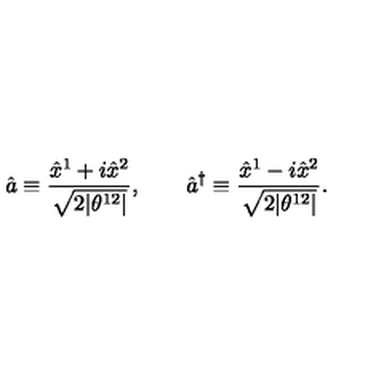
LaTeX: \hat { a } \equiv \frac { \hat { x } ^ { 1 } + i \hat { x } ^ { 2 } } { \sqrt { 2 | \theta ^ { 1 2 } | } } , \qquad \hat { a } ^ { \dagger } \equiv \frac { \hat { x } ^ { 1 } - i \hat { x } ^ { 2 } } { \sqrt { 2 | \theta ^ { 1 2 } | } } .